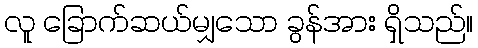
လူ ခြောက်ဆယ်မျှသော ခွန်အား ရှိသည်။